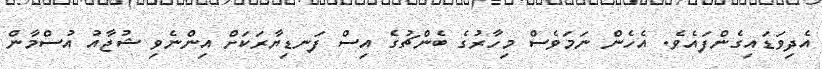
އެދިވަޑައިގެންފައެވެ. އެހެން ނަމަވެސް މިހާރުގެ ބެންޗުގެ އިސް ފަނޑިޔާރަކަށް އިންނެވި ޝުޖާއު އުސްމާން